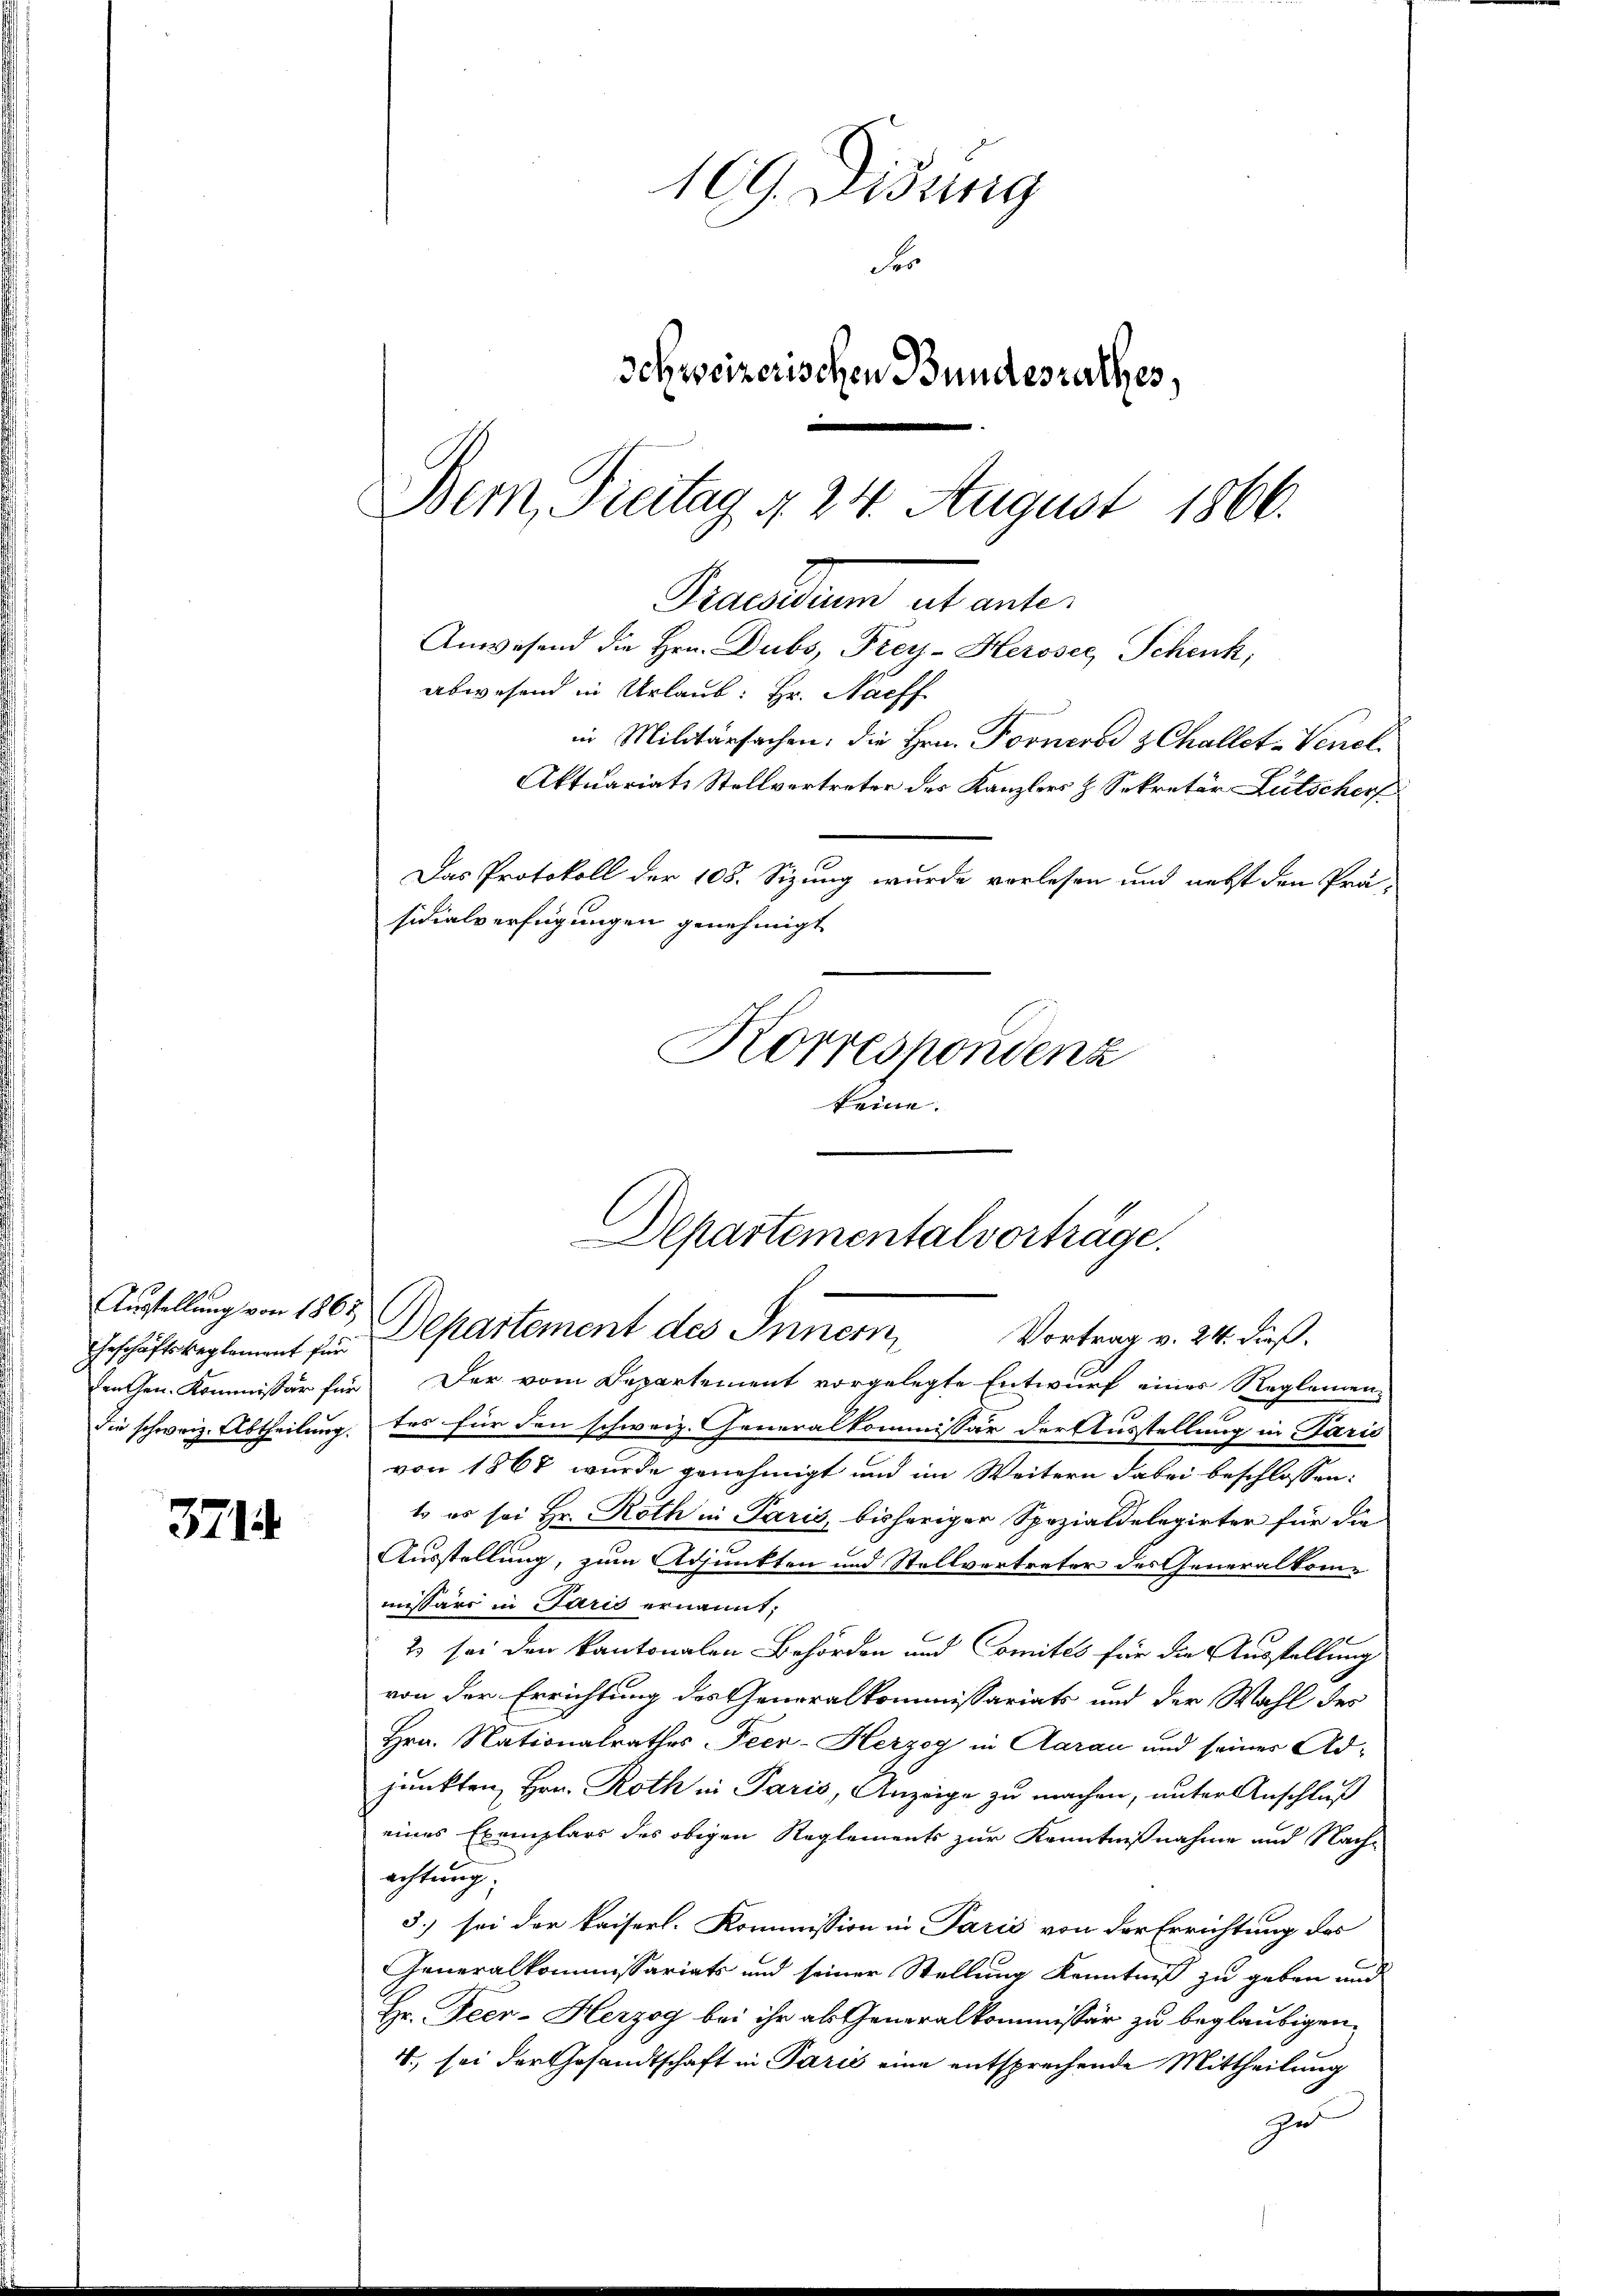
Austellung von 1865

3714.

109. Disung
Fer
Schweizerischen Bundesrathes,
Bem, Freitag 4. 24. August 1866.

abwesend in Urlaub: Hr. Nachf
Aktuariats Stellvertreter des Kanzlers & Sekretär Lutscherf
Das Protokoll der 108. Sizung wurde vorlesen und nebst den Präsicialverfügungen genehmigt

keine. |

Departementalvorträge.
Geschäftsbeglement in Departement des Innern, Vortrag v. 24. dieß.

tengen. Kommissär für Der vom Departement vorgelegte Entwurf eines Reglemen-
Sie schweiz. Abtheilung. Des für den schweiz. Generalkommissär der Ausstellung in Paris
von 1868 wurde genehmigt und im Weitern dabei beschlossen:
to es sei Hr. Roth in Paris, bisheriger Spezialdelegirter für die
Ausstellung, zum Adjunkten und Stellvertreter des Generalkommissärs in Paris ernannt;
s
2 sei den kantonalen Behörden und Comités für die Ausstellung
von der Errichtung des Generalkommissariats und der Wahl des
Hrn. Nationalrathes Peer-Herzog in Aarau und seiner Adjunkten Hrn. Roth in Paris, Anzeige zu machen, unter Anschluß
eines Exemplars des obigen Reglements zur Kenntnißnahme und Nachachtung:
5.) sei der kaiserl. Kommission in Paris von der Errichtung des
Generalkommissariats und seiner Stellung Kenntniß zu geben und
Hr. Peer- Herzog bei ihr als Generalkommissär zu beglaubigen.
4., sei der Gesandtschaft in Paris eine entsprechende Mittheilung
zu

Praesidium et ent¬
Anwesend die Hrn. Dubs, Frey-Heroser Schenk,
in Militärsachen; die Hrn. Fornerod zChallet-Venel¬

Korrespondenz